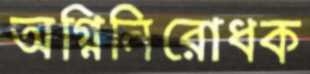
অগ্নিনিরোধক